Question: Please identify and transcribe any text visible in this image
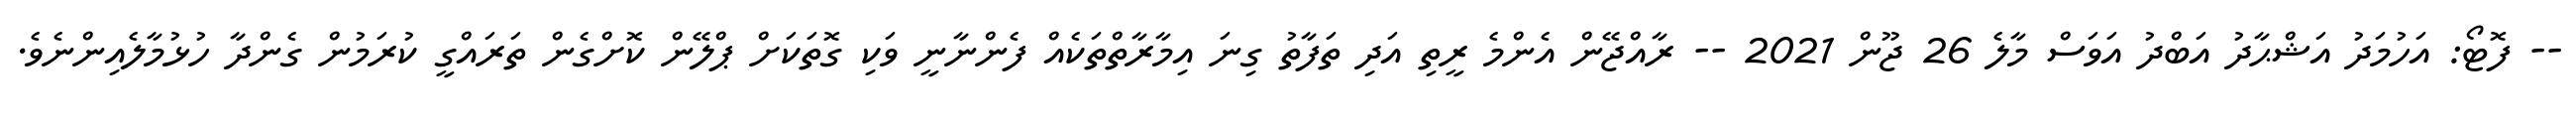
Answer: -- ފޮޓޯ: އަހުމަދު އަޝްޙާދު އަބްދު އަވަސް މާލެ 26 ޖޫން 2021 -- ރާއްޖޭން އެންމެ ރީތި އަދި ތަފާތު ގިނަ އިމާރާތްތަކެއް ފެންނާނީ ވަކި ގޮތަކަށް ޕްލޭން ކޮށްގެން ތަރައްގީ ކުރަމުން ގެންދާ ހުޅުމާލެއިންނެވެ.